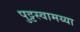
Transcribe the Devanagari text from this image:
पुट्टस्वामय्या